Indian journal of veterinary science and animal husbandry - Volume 8,
Year: 1938
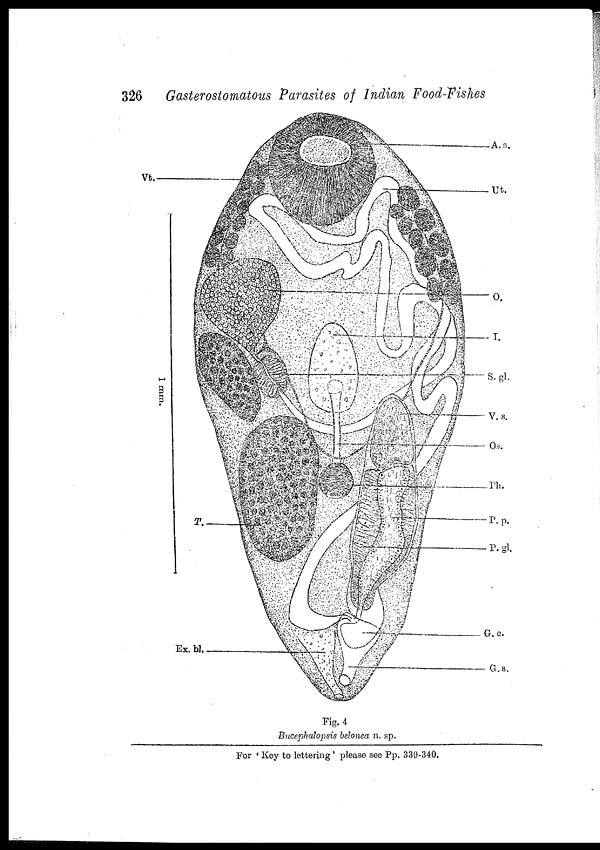
326
Gasterostomatous Parasites of Indian Food-Fishes
Fig. 4
Bucephalopsis belonea n. sp.
For ' Key to lettering ' please see Pp. 339-340.